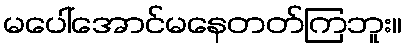
မပေါ်အောင်မနေတတ်ကြဘူး။